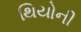
થિયોની